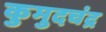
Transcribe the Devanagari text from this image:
कुमुदचंद्र